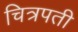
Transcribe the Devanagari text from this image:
चित्रपती